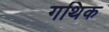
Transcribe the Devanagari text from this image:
गथिक